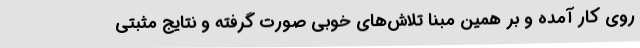
روی کار آمده و بر همین مبنا تلاش‌های خوبی صورت گرفته و نتایج مثبتی